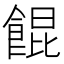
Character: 餛